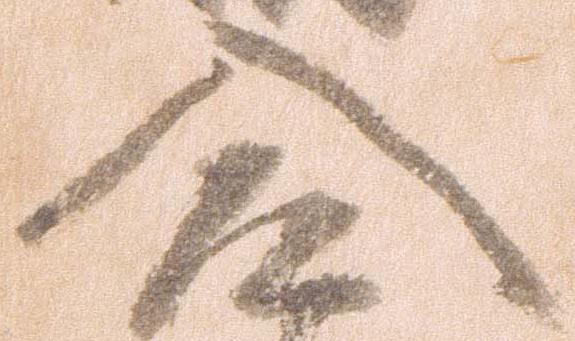
入